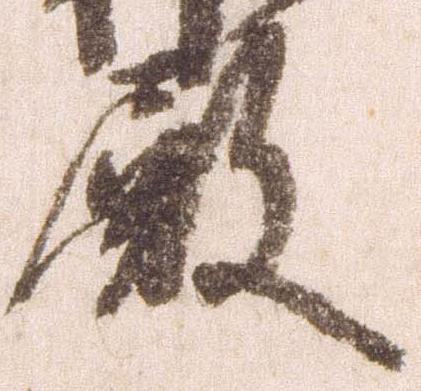
殿